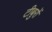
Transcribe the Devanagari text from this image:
टीबुरों